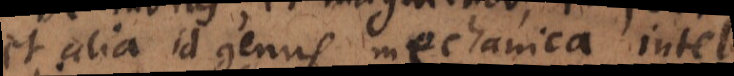
et alia id genus mechanica intel